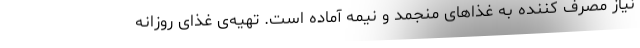
نیاز مصرف کننده به غذاهای منجمد و نیمه آماده است. تهیه‌ی غذای روزانه